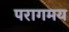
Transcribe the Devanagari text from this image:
परागमय